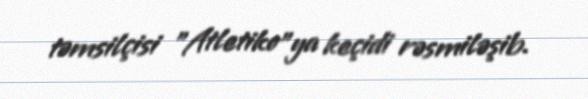
təmsilçisi "Atletiko"ya keçidi rəsmiləşib.